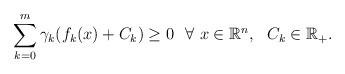
LaTeX: \begin{align*} \sum_{k=0}^{m} \gamma_{k}(f_{k}(x)+C_{k})\ge 0\ \ \forall\ x\in\mathbb{R}^{n}, \ \ C_k\in\mathbb{R}_+.\end{align*}